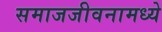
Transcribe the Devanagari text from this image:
समाजजीवनामध्ये